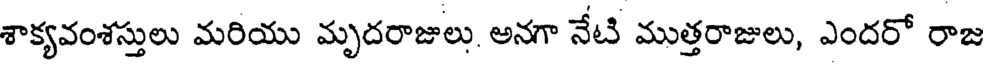
శాక్యవంశస్తులు మరియు మృదరాజులు అనగా నేటి ముత్తరాజులు, ఎందరో రాజ